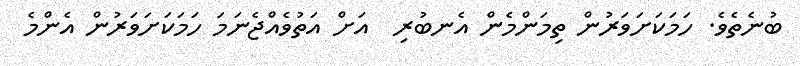
ބުނެތެވެ. ހަމަކަށަވަރުން ތިމަންމެން އެނބުރި  އަށް އަތުވެއްޖެނަމަ ހަމަކަށަވަރުން އެންމެ